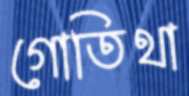
গোতিথা